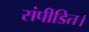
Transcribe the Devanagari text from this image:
संपीडित।